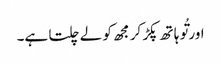
اور تُو ہا تھ پکڑ کر مجھ کو لے چلتا ہے۔